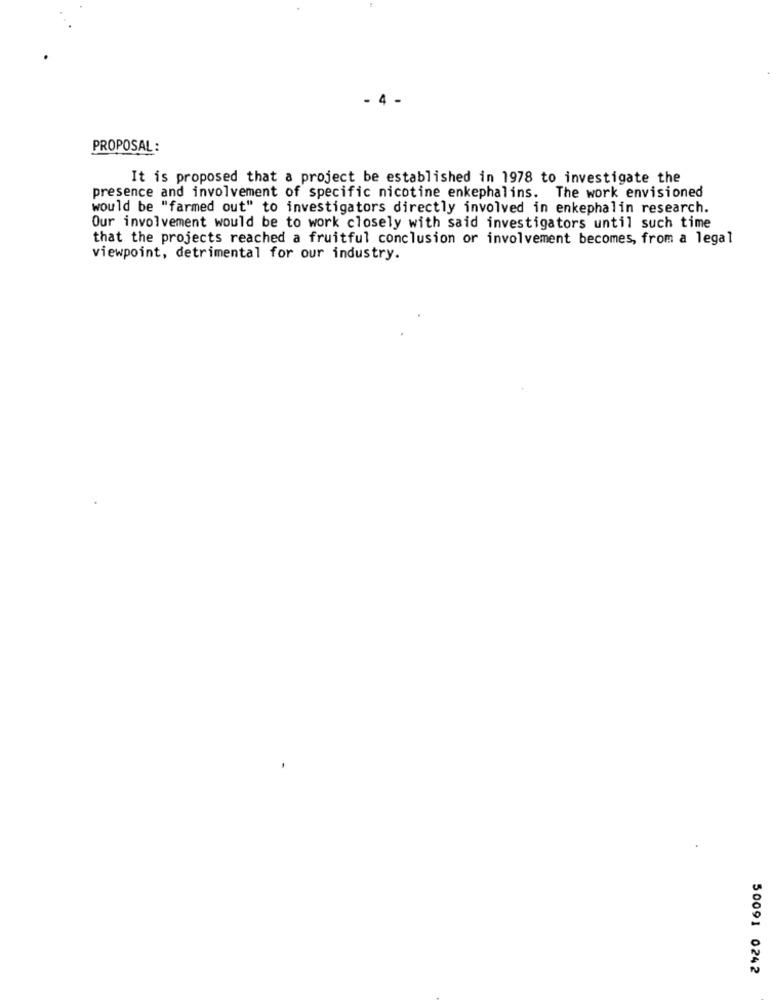
PROPOSAL:
It is proposed that a project be established in 1978 to investigate the
presence and involvement of specific nicotine enkephalins. The work envisioned
would be "farmed out" to investigators directly involved in enkephalin research.
Our involvement would be to work closely with said investigators until such time
that the projects reached a fruitful conclusion or involvement becomes, from a legal
viewpoint, detrimental for our industry.
50091 0242